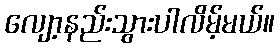
လျော့နည်းသွားပါလိမ့်မယ်။